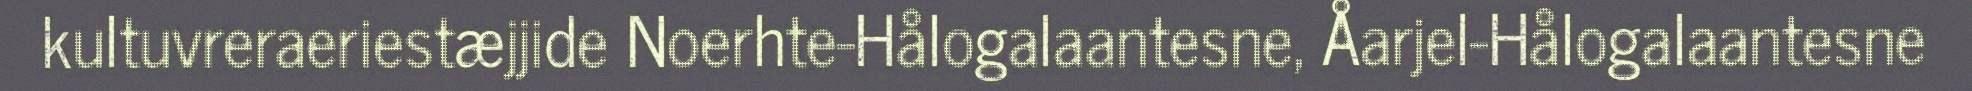
kultuvreraeriestæjjide Noerhte-Hålogalaantesne, Åarjel-Hålogalaantesne